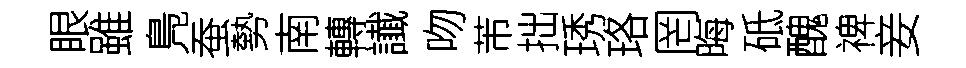
眼雖鳬蚕勢南轉䜟吻芾拙琇珞罔晦砥醜禆妾